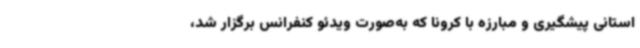
استانی پیشگیری و مبارزه با کرونا که به‌صورت ویدئو کنفرانس برگزار شد،